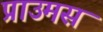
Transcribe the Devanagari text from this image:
प्राउमस